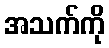
အသက်ကို